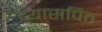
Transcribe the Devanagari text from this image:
व्यासपिठ